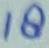
Text: 18